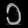
Digit: ၁